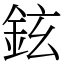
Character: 鉉